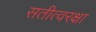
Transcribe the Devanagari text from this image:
सतीत्वरक्षा